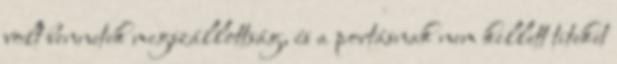
volt bennetek megszállottság, és a portásnak nem kellett titeket